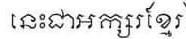
នេះជាអក្សរខ្មែរ